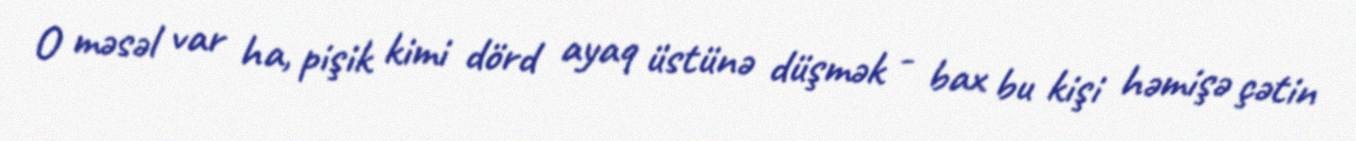
O məsəl var ha, pişik kimi dörd ayaq üstünə düşmək - bax bu kişi həmişə çətin